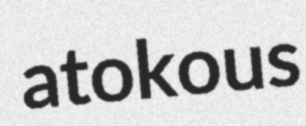
atokous